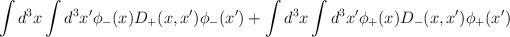
LaTeX: \begin{align*}\int d^3x\int d^3x' \phi_-(x)D_+(x,x')\phi_-(x') +\int d^3x\int d^3x' \phi_+(x) D_-(x,x') \phi_+(x')\end{align*}